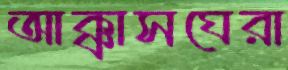
আক্কাসঘেরা